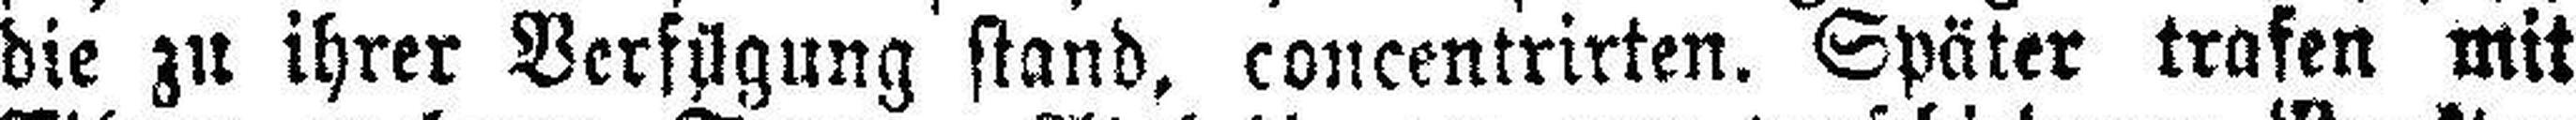
die zu ihrer Verfügung stand, concentrirten. Später trafen mit